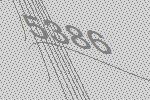
5386